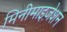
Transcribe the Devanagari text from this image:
मिनीमाइज़ेशन